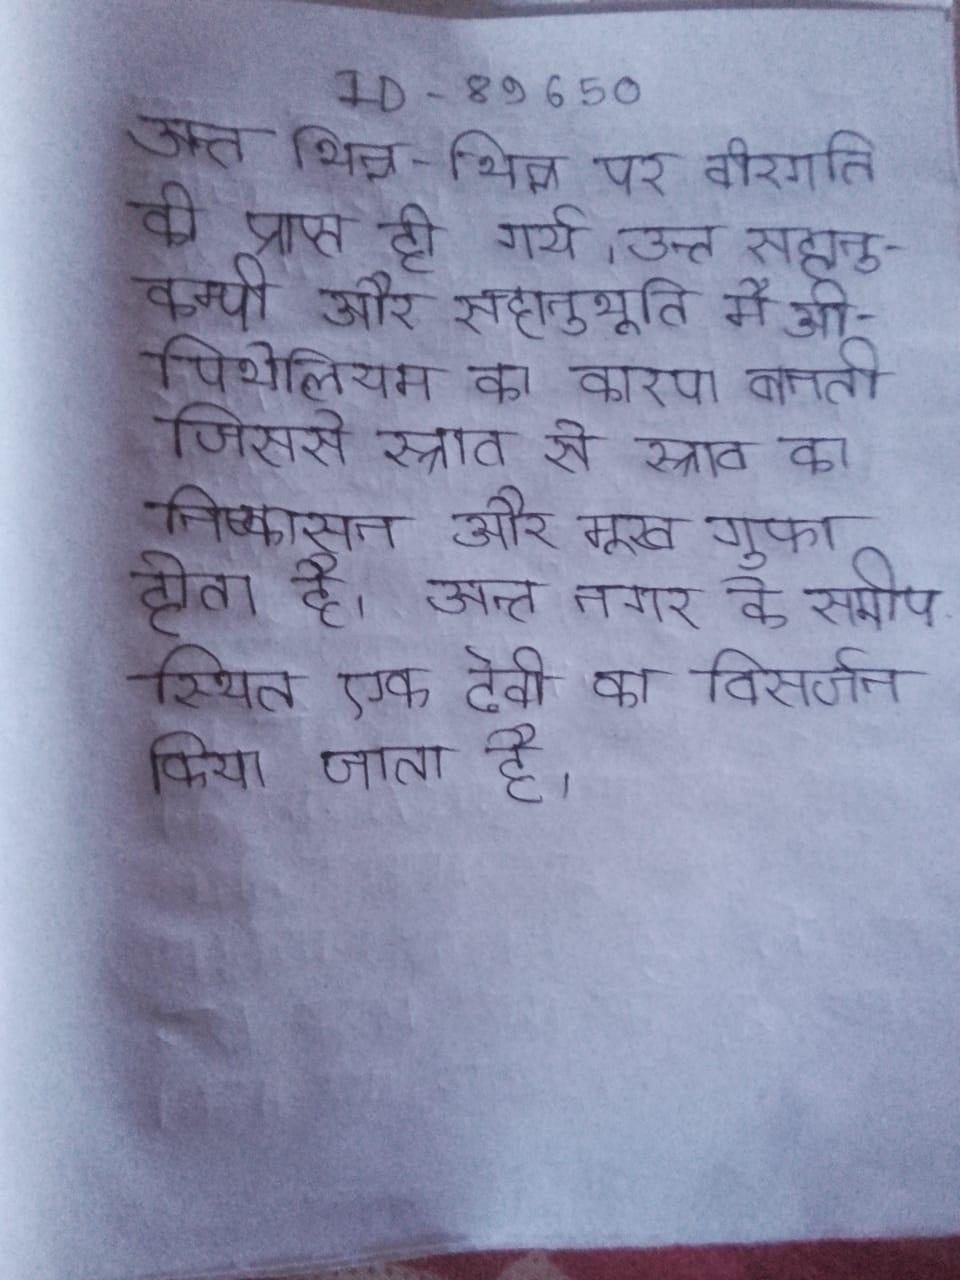
अन्त भिन्न-भिन्न पर वीरगति को प्राप्त हो गये । अन्त सहानुकम्पी और सहानुभूति मैओपिथेलियम का कारण बनती जिससे स्त्राव से स्त्राव का निष्कासन और मुख गुफा होता है । अन्त नगर के समीप स्थित एक देवी का विसर्जन किया जाता है ।